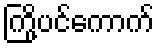
ကြို့ပင်ကောက်